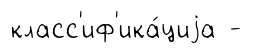
класс'иф'ика́циjа -